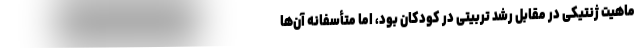
ماهیت ژنتیکی در مقابل رشد تربیتی در کودکان بود، اما متأسفانه آن‌ها